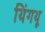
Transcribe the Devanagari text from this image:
थिंगथू